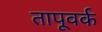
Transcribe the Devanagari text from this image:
तापूवर्क